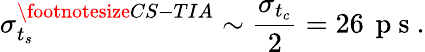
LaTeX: \sigma_{t_{s}}^{\footnotesize CS-TIA}\sim\frac{\sigma_{t_{c}}}{2}=26\, \mathrm{~p~s~}.